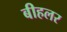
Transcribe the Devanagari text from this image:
बीहलर